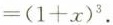
$$=(1+x)^{3}$$.